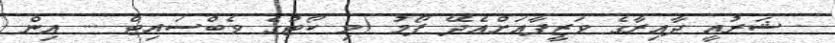
- ޝަރުޢީ ދާއިރާގެ ވަޒީފާއަށްއެދޭ ފޯމު (މި ކޯޓުގެ ވެބްސައިޓް ... އިން